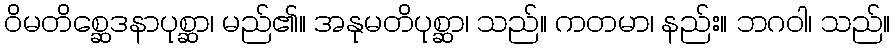
ဝိမတိစ္ဆေဒနာပုစ္ဆာ၊ မည်၏။ အနုမတိပုစ္ဆာ၊ သည်။ ကတမာ၊ နည်း။ ဘဂဝါ၊ သည်။